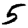
Digit: 5